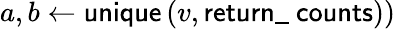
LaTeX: a,b\gets\textsf{unique}\left(v,\textsf{return\_ counts}\right))